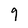
Character: 9